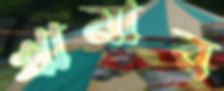
খামার